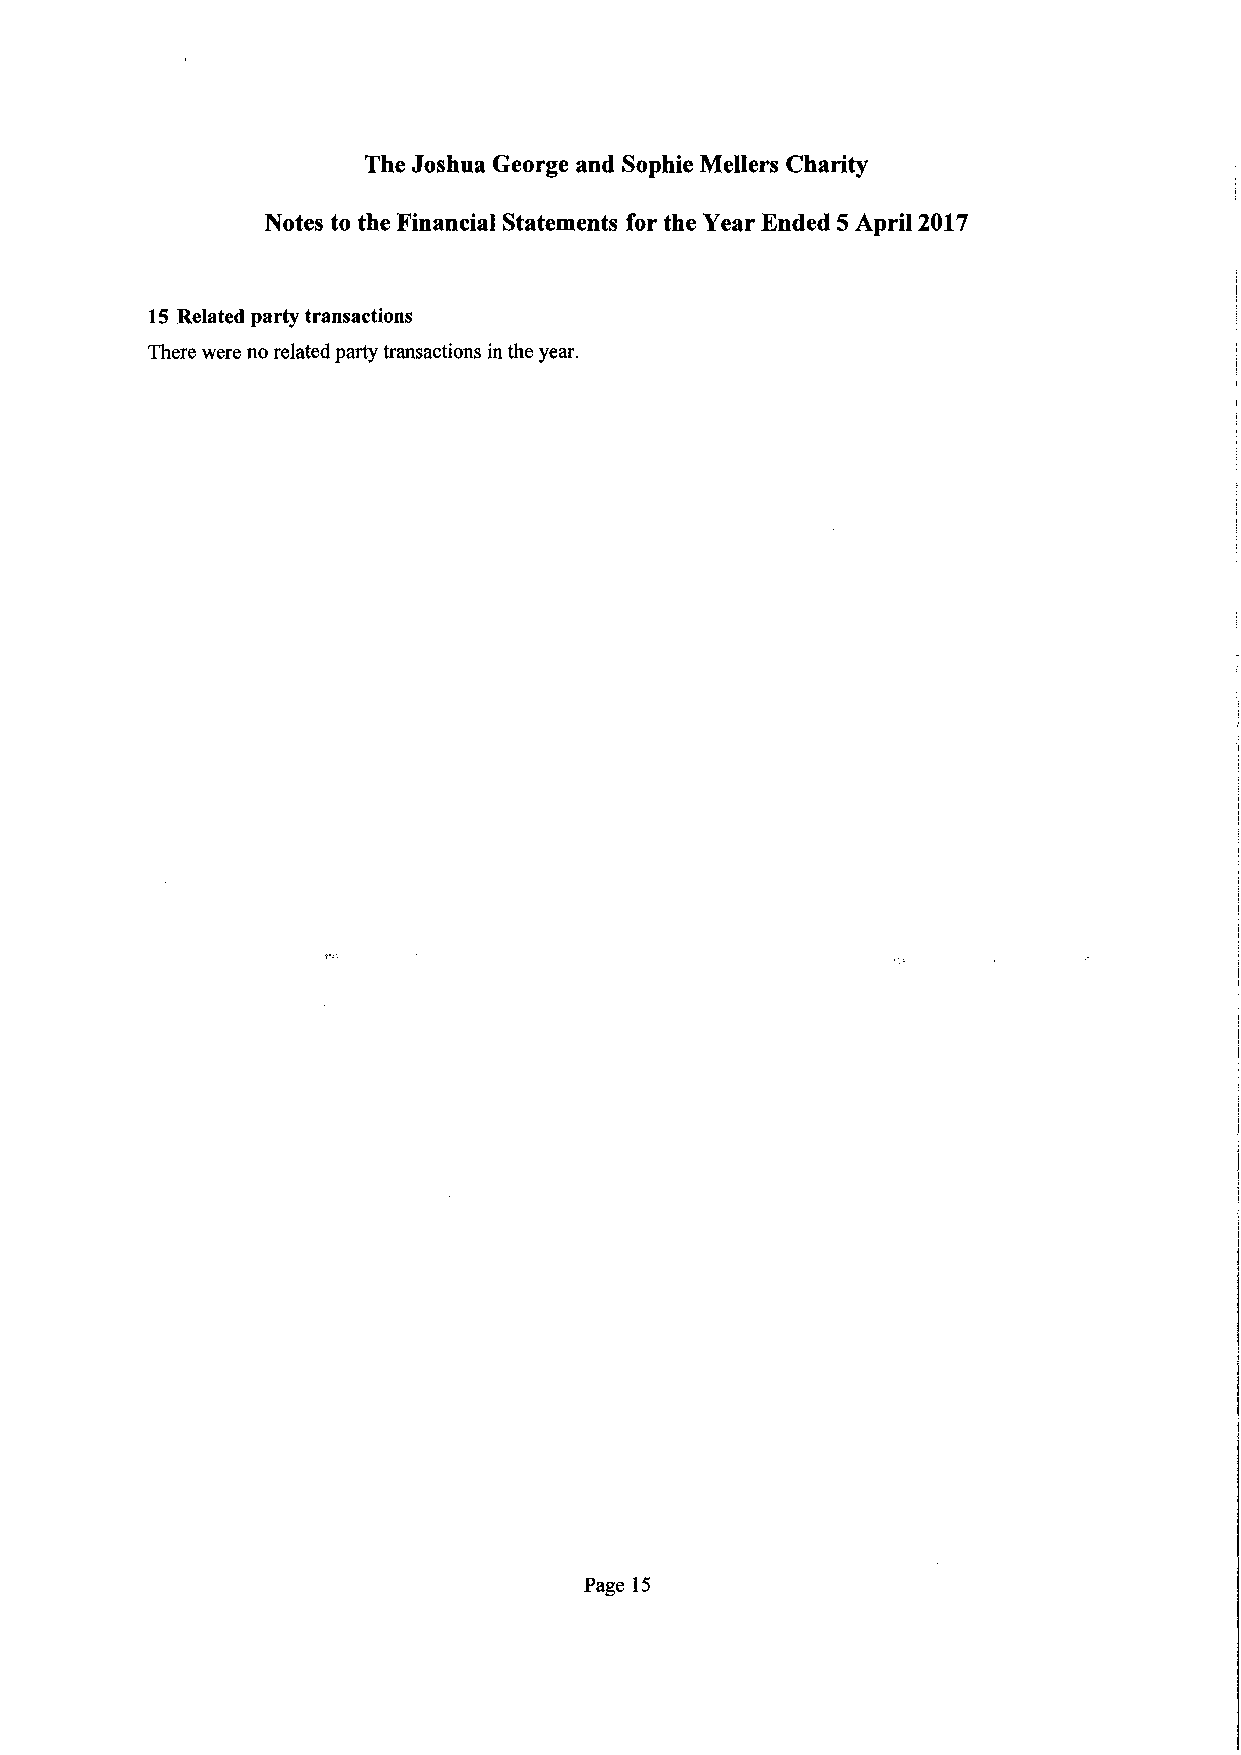
The Joshua George and Sophie Mellers Charity
 Notes to the Financial Statements for the Year Ended 5 April 2017
 15 Related partytransactions
 Therewere norelatedpartytransactions intheyear.
 Page 15